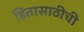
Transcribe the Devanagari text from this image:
हितासाठीची